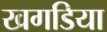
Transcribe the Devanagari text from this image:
खगडिया